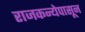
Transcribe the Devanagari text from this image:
राजकन्येपासून